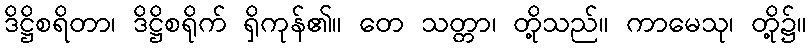
ဒိဋ္ဌိစရိတာ၊ ဒိဋ္ဌိစရိုက် ရှိကုန်၏။ တေ သတ္တာ၊ တို့သည်။ ကာမေသု၊ တို့၌။